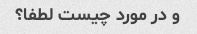
و در مورد چیست لطفا؟